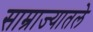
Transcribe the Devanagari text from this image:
साम्राज्यातले